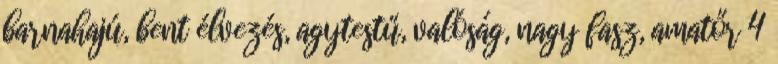
barnahajú, bent élvezés, agytestű, valóság, nagy fasz, amatőr 4